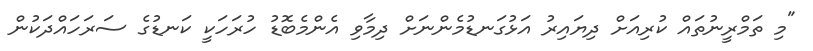
"މި ތަމްރީނުތައް ކުރިއަށް ދިޔައިރު އަޅުގަނޑުމެންނަށް ދިމާވި އެންމެބޮޑު ހުރަހަކީ ކަނޑުގެ ސަރަހައްދަކުން